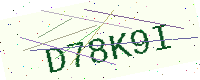
Text: D78K9I